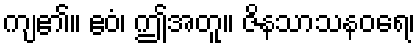
ကျ၏။ ဧဝံ၊ ဤအတူ။ ဇိနသာသနဝရေ၊